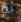
به